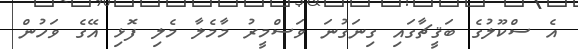
އެ ސްކޫލުގެ ބަޤީޗާގައި ގިނަގުނަ ވަސްމީރު މާމެލާ މެލި ފޮޅި އޭގެ ވަހުން